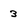
Character: 3